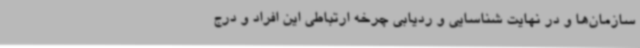
سازمان‌ها و در نهایت شناسایی و ردیابی چرخه ارتباطی این افراد و درج